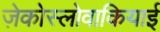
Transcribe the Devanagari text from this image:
ज़ेकोस्लोवाकियाई